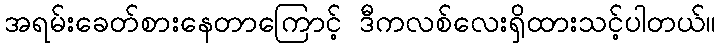
အရမ်းခေတ်စားနေတာကြောင့် ဒီကလစ်လေးရှိထားသင့်ပါတယ်။